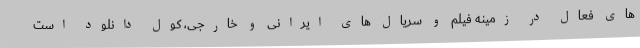
های فعال در زمینه فیلم و سریال های ایرانی و خارجی، کول دانلود است